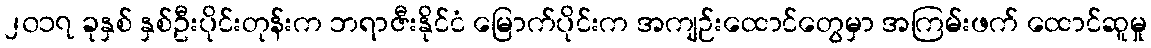
၂၀၁၇ ခုနှစ် နှစ်ဦးပိုင်းတုန်းက ဘရာဇီးနိုင်ငံ မြောက်ပိုင်းက အကျဉ်းထောင်တွေမှာ အကြမ်းဖက် ထောင်ဆူမှု